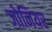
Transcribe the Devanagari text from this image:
जोनियर